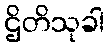
ဌိတိသုခါ